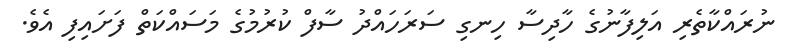
ނުރައްކާތެރި އަލިފާނުގެ ހާދިސާ ހިނގި ސަރަހައްދު ސާފް ކުރުމުގެ މަސައްކަތް ފަށައިފި އެވެ.